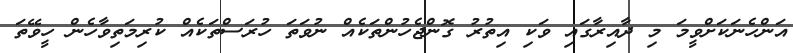
އަންހެނަކަށްވީމަ މި ދާއިރާގައި ވަކި އިތުރު ގޮންޖެހުންތަކެއް ނުވަތަ ހުރަސްތަކެއް ކުރިމަތިވާހެން ހީވޭތަ